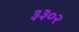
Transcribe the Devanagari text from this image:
३३०२